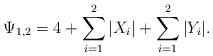
LaTeX: \begin{align*}\Psi_{1,2} = 4 + \sum_{i=1}^2 |X_i| + \sum_{i=1}^2 |Y_i|.\end{align*}